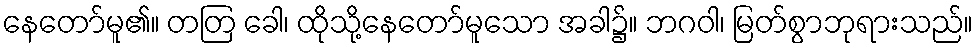
နေတော်မူ၏။ တတြ ခေါ၊ ထိုသို့နေတော်မူသော အခါ၌။ ဘဂဝါ၊ မြတ်စွာဘုရားသည်။